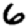
Digit: 6